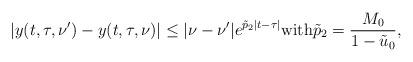
LaTeX: \begin{align*}|y(t,\tau,\nu')-y(t,\tau,\nu)|\leq |\nu-\nu'|e^{\tilde{p}_{2}|t-\tau|} \textnormal{with} \tilde{p}_{2}=\frac{M_{0}}{1-\tilde{u}_{0}}, \end{align*}